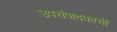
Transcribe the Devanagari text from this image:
उपसंपादकाची